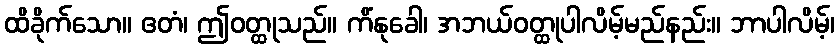
ထိခိုက်သော။ ဧတံ၊ ဤဝတ္ထုသည်။ ကိံနုခေါ၊ အဘယ်ဝတ္ထုပါလိမ့်မည်နည်း။ ဘာပါလိမ့်၊